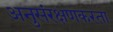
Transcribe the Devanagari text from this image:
अनुसंरक्षणकरता